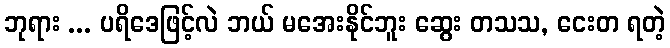
ဘုရား ... ပရိဒေဖြင့်လဲ ဘယ် မအေးနိုင်ဘူး ဆွေး တသသ, ငေးတ ရတဲ့